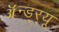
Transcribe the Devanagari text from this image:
ॲन्ड्र्‍यू